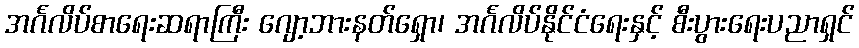
အင်္ဂလိပ်စာရေးဆရာကြီး ဂျော့ဘားနတ်ရှော၊ အင်္ဂလိပ်နိုင်ငံရေးနှင့် စီးပွားရေးပညာရှင်